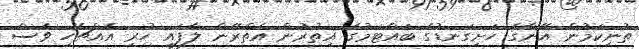
ތުނިކަމުން އޭނާގެ ހަށިގަނޑުގެ ބައްޓަމުގެ އިތުރުން އެތެރޭން ލާފައި ހުރި އެއްޗެހި ވެސް